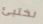
نختبئ